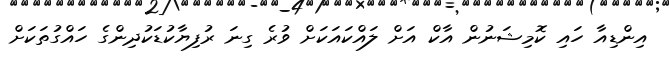
އިންޑިއާ ހައި ކޮމިިޝަނުން އާކް އަށް ލައްކައަކަށް ވުރެ ގިނަ ރުފިޔާކުޑަކުދިންގެ ހައްގުތަކަށް